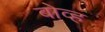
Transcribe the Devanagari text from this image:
बोव्ह